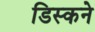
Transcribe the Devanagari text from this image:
डिस्कने